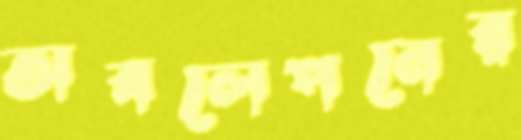
অবলেপনের